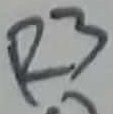
Text: R3